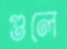
গুলে